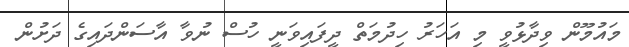
މައުމޫން ވިދާޅުވީ މި އަހަރު ހިދުމަތް ދީފައިވަނީ ހުސް ނުވާ އާސަންދައިގެ ދަށުން